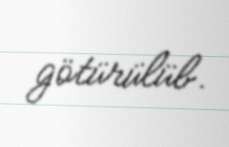
götürülüb.